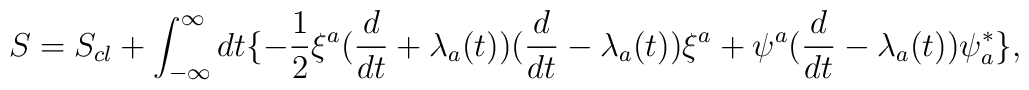
S=S_{cl}+ \int _{-\infty}^{\infty} dt\{-{1 \over 2}\xi^{a}({d \over dt}+\lambda _{a}(t))({d \over dt}-\lambda _{a}(t))\xi^{a}+\psi ^{a}({d \over dt}-\lambda _{a}(t))\psi _{a}^{*}\},